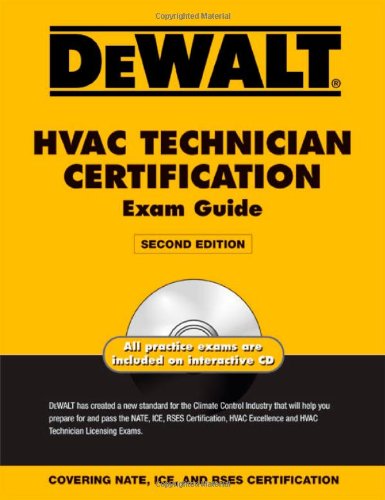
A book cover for DEWALT HVAC Technician Certification Exam Guide (DEWALT Series); Norm Christopherson; Test Preparation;